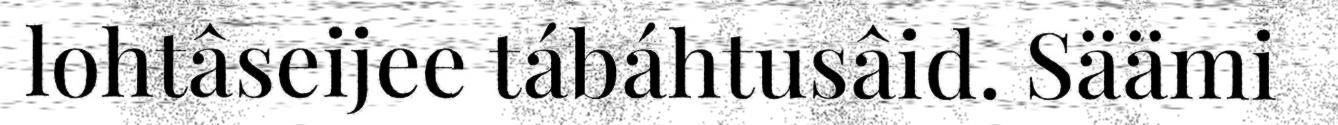
lohtâseijee tábáhtusâid. Säämi